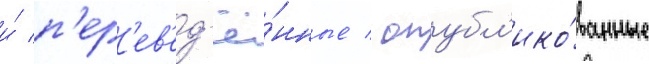
и́ п'ер'ев'ед'ё́нные / опубл'ико́ванные